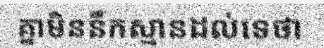
គ្នាមិននឹកស្មានដល់ទេថា